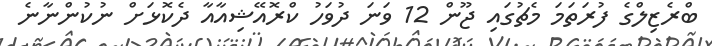
ބްރެޒިލްގެ ފުރަތަމަ މެޗުގައި ޖޫން 12 ވަނަ ދުވަހު ކްރޮއޭޝިއާއާ ދެކޮޅަށް ނުކުންނާނެ